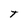
Character: t